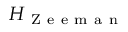
H _ { \mathrm { ~ Z ~ e ~ e ~ m ~ a ~ n ~ } }